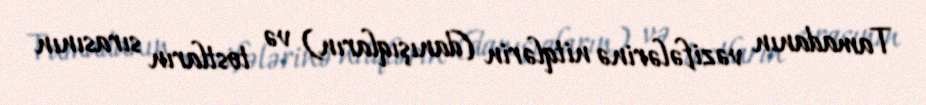
Tamadanın vəzifələrinə nitqlərin (danışıqların) və tostların sırasının